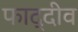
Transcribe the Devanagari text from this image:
फाद्दीव